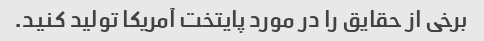
برخی از حقایق را در مورد پایتخت آمریکا تولید کنید.